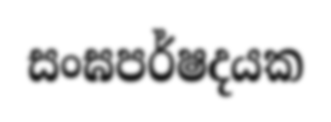
සංඝපර්ෂදයක